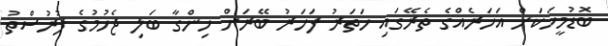
ބޮޑުމީހަކަށް އަހަރެއްގެ ތެރޭގައި ހަތަރު ފަހަރު ބޭރަށް ހިންގާ ބަލި ޖެހުމުގެ ފުރުސްތު